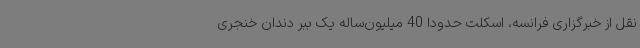
نقل از خبرگزاری فرانسه، اسکلت حدودا 40 میلیون‌ساله یک ببر دندان خنجری